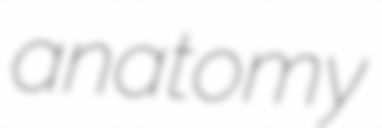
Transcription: anatomy